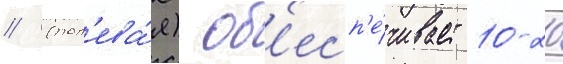
// (пол'ева́я) об'есп'е́чивает 10-20